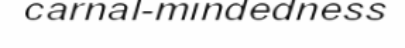
carnal-mindedness